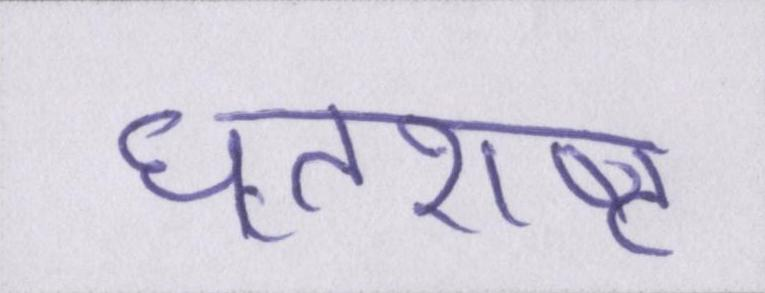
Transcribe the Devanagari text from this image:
धृतराष्ट